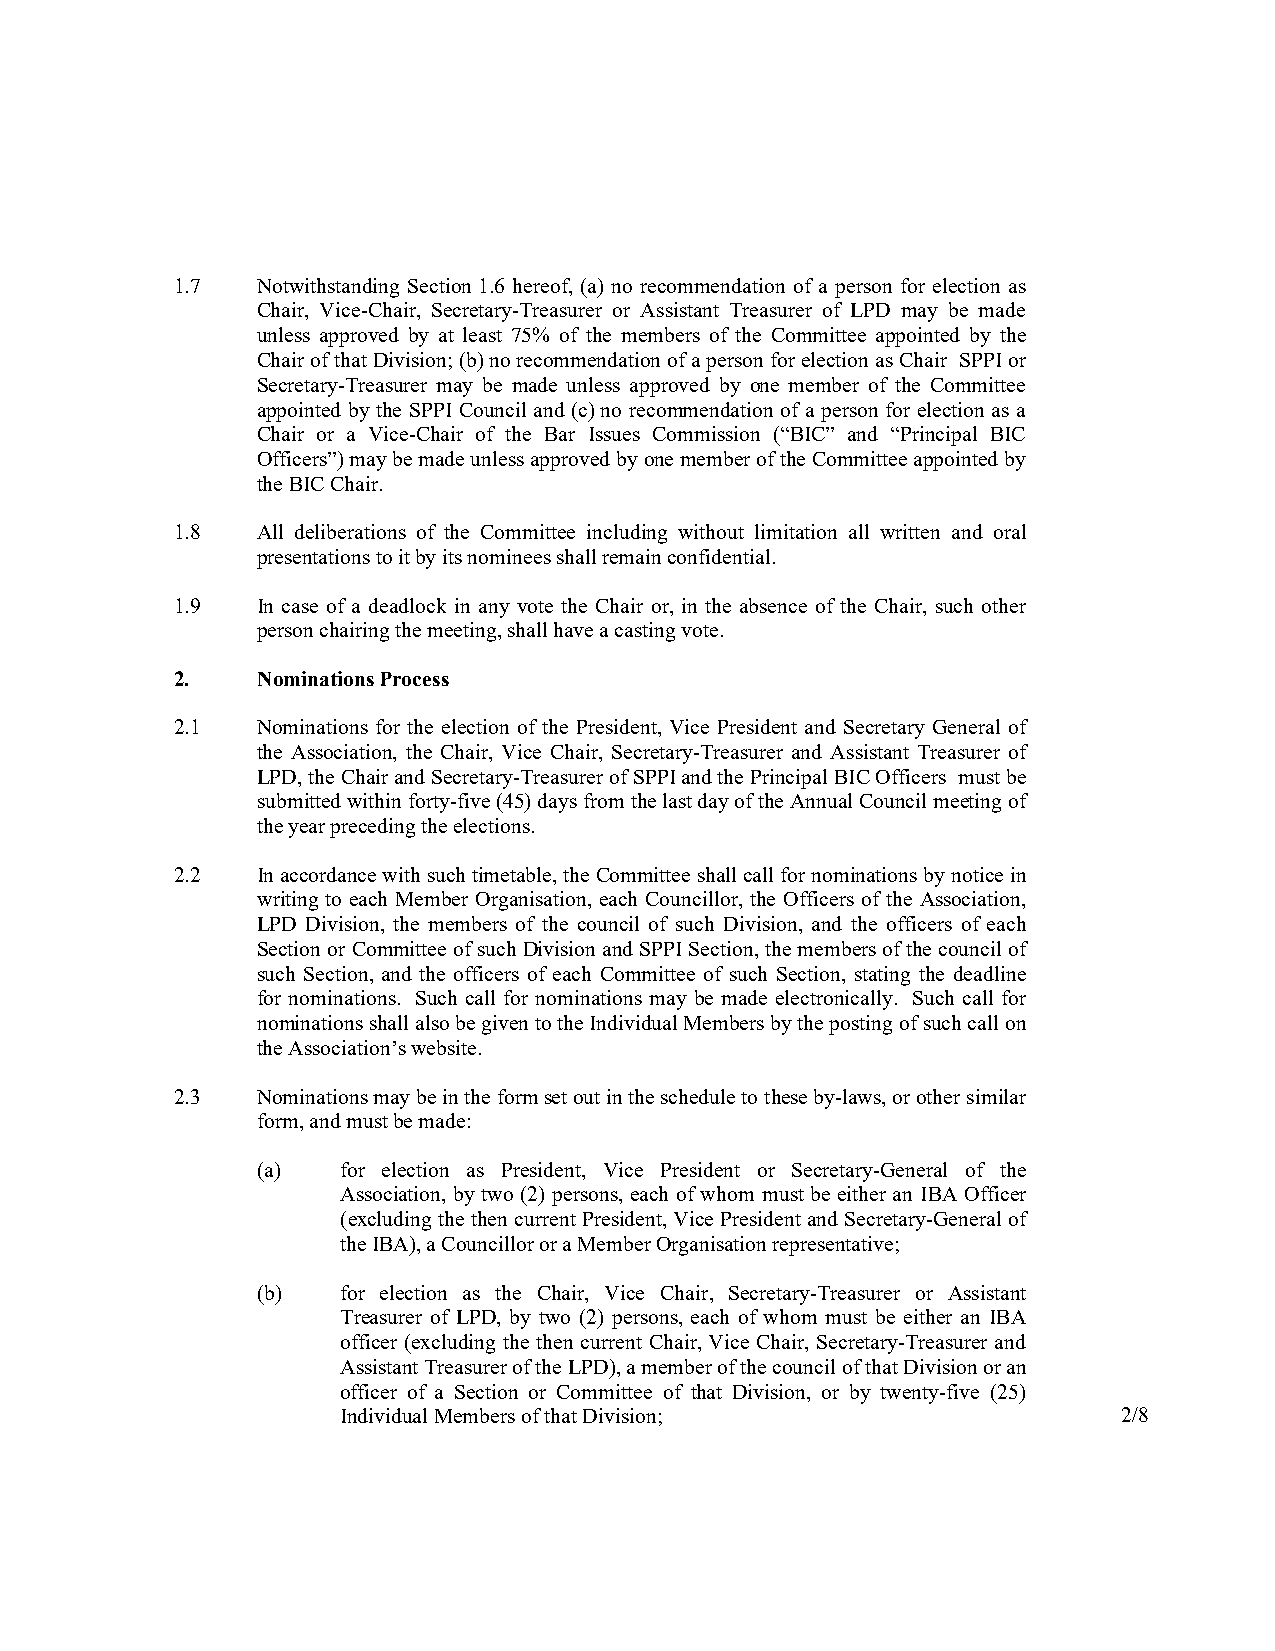
1.7   Notwithstanding Section 1.6 hereof, (a) no recommendation of a person for election as
 Chair, Vice-Chair, Secretary-Treasurer or Assistant Treasurer of LPD may be made
 unless approved by at least 75% of the members of the Committee appointed by the
 Chair of that Division; (b) no recommendation of a person for election as Chair SPPI or
 Secretary-Treasurer may be made unless approved by one member of the Committee
 appointed by the SPPI Council and (c) no recommendation of a person for election as a
 Chair or a Vice-Chair of the Bar Issues Commission (“BIC” and “Principal BIC
 Officers”) may be made unless approved by one member of the Committee appointed by
 the BIC Chair.
 1.8   All deliberations of the Committee including without limitation all written and oral
 presentations to it by its nominees shall remain confidential.
 1.9   In case of a deadlock in any vote the Chair or, in the absence of the Chair, such other
 person chairing the meeting, shall have a casting vote.
 2.    Nominations Process
 2.1   Nominations for the election of the President, Vice President and Secretary General of
 the Association, the Chair, Vice Chair, Secretary-Treasurer and Assistant Treasurer of
 LPD, the Chair and Secretary-Treasurer of SPPI and the Principal BIC Officers must be
 submitted within forty-five (45) days from the last day of the Annual Council meeting of
 the year preceding the elections.
 2.2   In accordance with such timetable, the Committee shall call for nominations by notice in
 writing to each Member Organisation, each Councillor, the Officers of the Association,
 LPD Division, the members of the council of such Division, and the officers of each
 Section or Committee of such Division and SPPI Section, the members of the council of
 such Section, and the officers of each Committee of such Section, stating the deadline
 for nominations. Such call for nominations may be made electronically. Such call for
 nominations shall also be given to the Individual Members by the posting of such call on
 the Association’s website.
 2.3   Nominations may be in the form set out in the schedule to these by-laws, or other similar
 form, and must be made:
 (a)   for election as President, Vice President or Secretary-General of the
 Association, by two (2) persons, each of whom must be either an IBA Officer
 (excluding the then current President, Vice President and Secretary-General of
 the IBA), a Councillor or a Member Organisation representative;
 (b)   for election as the Chair, Vice Chair, Secretary-Treasurer or Assistant
 Treasurer of LPD, by two (2) persons, each of whom must be either an IBA
 officer (excluding the then current Chair, Vice Chair, Secretary-Treasurer and
 Assistant Treasurer of the LPD), a member of the council of that Division or an
 officer of a Section or Committee of that Division, or by twenty-five (25)
 Individual Members of that Division;               2/8